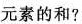
元素的和?